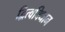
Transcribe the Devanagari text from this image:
द्वित्वविधान